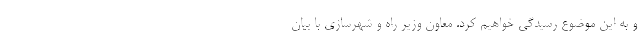
و به این موضوع رسیدگی خواهیم کرد. معاون وزیر راه و شهرسازی با بیان